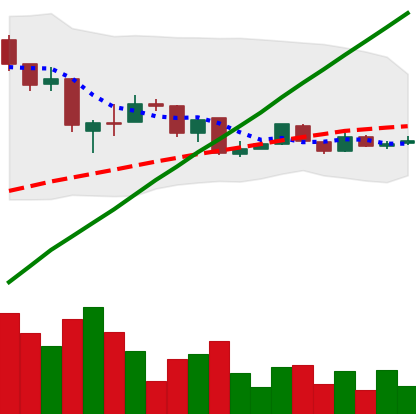
Ticker: LTC-USD
Chart end date: 2015-08-17
Forward return: -11.866%
Label: down_7plus